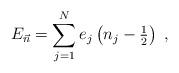
LaTeX: \begin{align*}E_{\vec{n}}=\sum_{j=1}^N e_j\left (n_j-\tfrac{1}{2}\right )\ ,\end{align*}